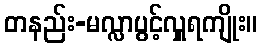
တနည်း-မလ္လာပွင့်လှူရကျိုး။